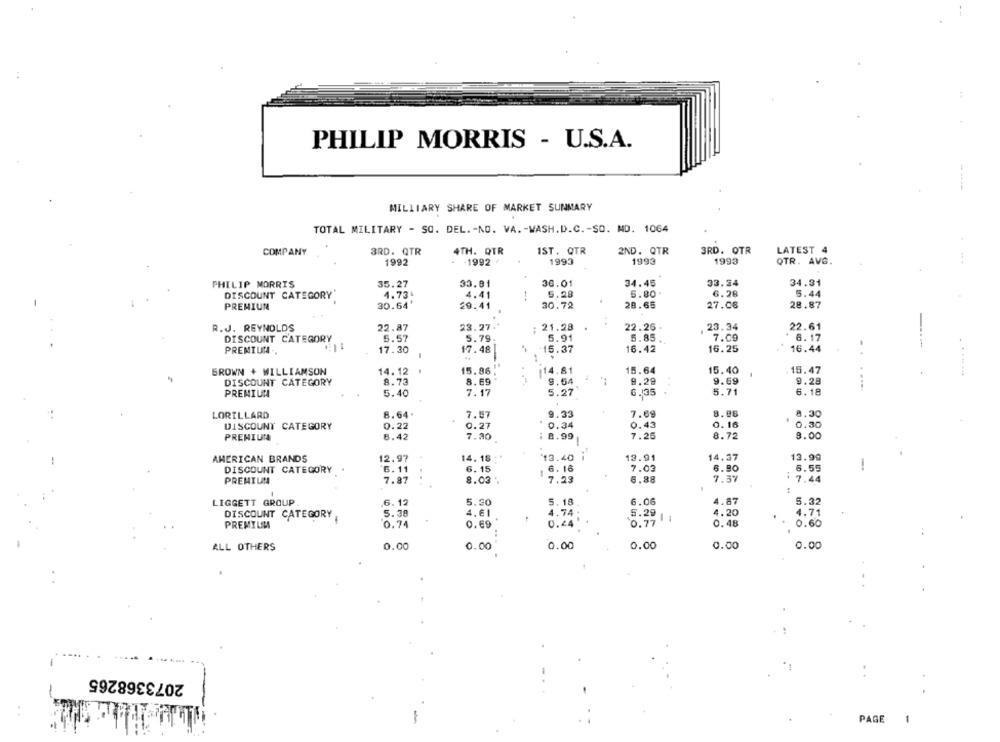
PHILIP MORRIS - U.S.A.
MILLIARY SHARE OF MARKET SUNMARY
TOTAL MILITARY - SO. DEL. - NO. VA. - WASH.D.C .- SO. MD. 1064
COMPANY
3RD. QTR
4TH. QTR
IST. QTR
2ND. QTR
3RD. OTR
LATEST 4
1993
1993
1992
1992 '
1993
QTR. AVG.
PHILIP MORRIS
35.27
33.01
30.01
34.45
33.54
34.31
DISCOUNT CATEGORY'
4.73+
4.41
5.28
5.80 .
6.28
5.44
30.64'
30.72
28.65
27.06
28.87
PREMIUM
29.41
R.J. REYNOLDS
23.27
21.28
22.26 .
23.34
22.61
22.87
DISCOUNT CATEGORY
5.57
5.79
5.91
5.85
7.09
6.17
15.37
16.42
16.25
16.44
PREMIUM.
17.30
-
17.48
BROWN + WILLIAMSON
14.12 1
15.86
114.81
15.64
15.40
.15.47
DISCOUNT CATEGORY
8.73
8.69
9.54
9.29
..
9.69
9.28
PREMIUM
5.40
7.17
5.27
6.135
5.71
6.18
LORILLARD
8.64.
7.87
9.33
7.69
8.88
8.30
0.34
0.16
0.30
DISCOUNT CATEGORY
0.22
0.27
0.43
PREMIUMA
8.42
7.20
1 8.99
7.25
8.72
8.00
-
AMERICAN BRANDS
12.97
14.18
13.40 ;
13.91
14.37
13.99
6. 11
6. 15
6. 16
7.03
6.80
6.55
DISCOUNT CATEGORY
-
PREMIUM
7.87
8.03 .
7.29
6.88
7.57
7.44
:
LIGGETT GROUP
6. 12
5.30
5. 18
6.06
4.87
5.32
5.38
4.61
4.74
4.20
4.71
DISCOUNT CATEGORY
5.29 | 1
PREMIUM
0.74
0.69
0.44
0.77
0.48
0.60
ALL OTHERS
0.00
0.00
0.00
0.00
0.00
0.00
2073368265
PAGE
1